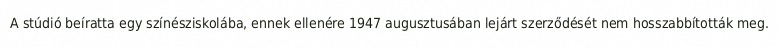
A stúdió beíratta egy színésziskolába, ennek ellenére 1947 augusztusában lejárt szerződését nem hosszabbították meg.